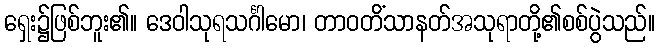
ရှေး၌ဖြစ်ဘူး၏။ ဒေဝါသုရသင်္ဂါမော၊ တာဝတိံသာနတ်အသုရာတို့၏စစ်ပွဲသည်။